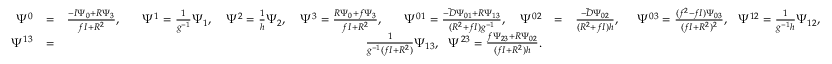
\begin{array} { r l r l r } { \Psi ^ { 0 } } & { = } & { \frac { - I \Psi _ { 0 } + R \Psi _ { 3 } } { f I + R ^ { 2 } } , ~ ~ ~ ~ ~ \Psi ^ { 1 } = \frac { 1 } { g ^ { - 1 } } \Psi _ { 1 } , ~ ~ ~ \Psi ^ { 2 } = \frac { 1 } { h } \Psi _ { 2 } , ~ ~ ~ \Psi ^ { 3 } = \frac { R \Psi _ { 0 } + f \Psi _ { 3 } } { f I + R ^ { 2 } } , ~ ~ ~ ~ ~ \Psi ^ { 0 1 } = \frac { \tilde { - D } \Psi _ { 0 1 } + R \Psi _ { 1 3 } } { ( R ^ { 2 } + f I ) g ^ { - 1 } } , \ ~ ~ \Psi ^ { 0 2 } } & { = } & { \frac { \tilde { - D } \Psi _ { 0 2 } } { ( R ^ { 2 } + f I ) h } , ~ ~ ~ ~ \Psi ^ { 0 3 } = \frac { ( f ^ { 2 } - f I ) \Psi _ { 0 3 } } { ( f I + R ^ { 2 } ) ^ { 2 } } , ~ ~ \Psi ^ { 1 2 } = \frac { 1 } { g ^ { - 1 } h } \Psi _ { 1 2 } , ~ ~ } \\ { \Psi ^ { 1 3 } } & { = } & { \frac { 1 } { g ^ { - 1 } ( f I + R ^ { 2 } ) } \Psi _ { 1 3 } , ~ ~ \Psi ^ { 2 3 } = \frac { f \Psi _ { 2 3 } + R \Psi _ { 0 2 } } { ( f I + R ^ { 2 } ) h } . } \end{array}